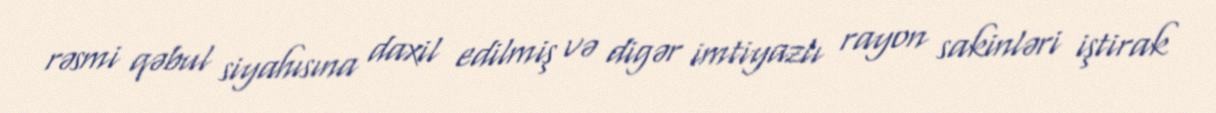
rəsmi qəbul siyahısına daxil edilmiş və digər imtiyazlı rayon sakinləri iştirak